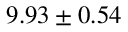
9 . 9 3 \pm 0 . 5 4